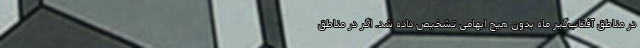
در مناطق آفتاب‌گیر ماه بدون هیچ ابهامی تشخیص داده شد. اگر در مناطق